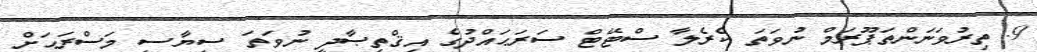
9. ތިރުވަނަންތަޕޫރަމް ނުވަތަ ކެރެލާ ސްޓޭޓް ސަރަޙައްދުގެ އިޤްތިޞާދީ ނުވަތަ ސިޔާސީ މަސްރަޙަށް